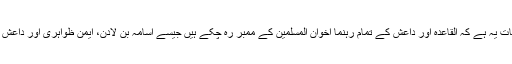
قابل ذکر بات یہ ہے کہ القاعده اور داعش کے تمام رہنما اخوان المسلمین کے ممبر ره چکے ہیں جیسے اسامہ بن لادن، ایمن ظواہرى اور داعش کا سربراه۔